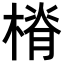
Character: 𣖷